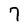
Character: 7